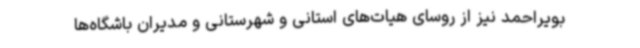
بویراحمد نیز از روسای هیات‌های استانی و شهرستانی و مدیران باشگاه‌ها